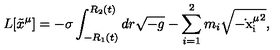
L [ \tilde { x } ^ { \mu } ] = - \sigma \int _ { - R _ { 1 } ( t ) } ^ { R _ { 2 } ( t ) } d r \sqrt { - g } - \sum _ { i = 1 } ^ { 2 } m _ { i } \sqrt { - \mathrm { \dot { } x ^ \mu _ i } ^ { 2 } } ,